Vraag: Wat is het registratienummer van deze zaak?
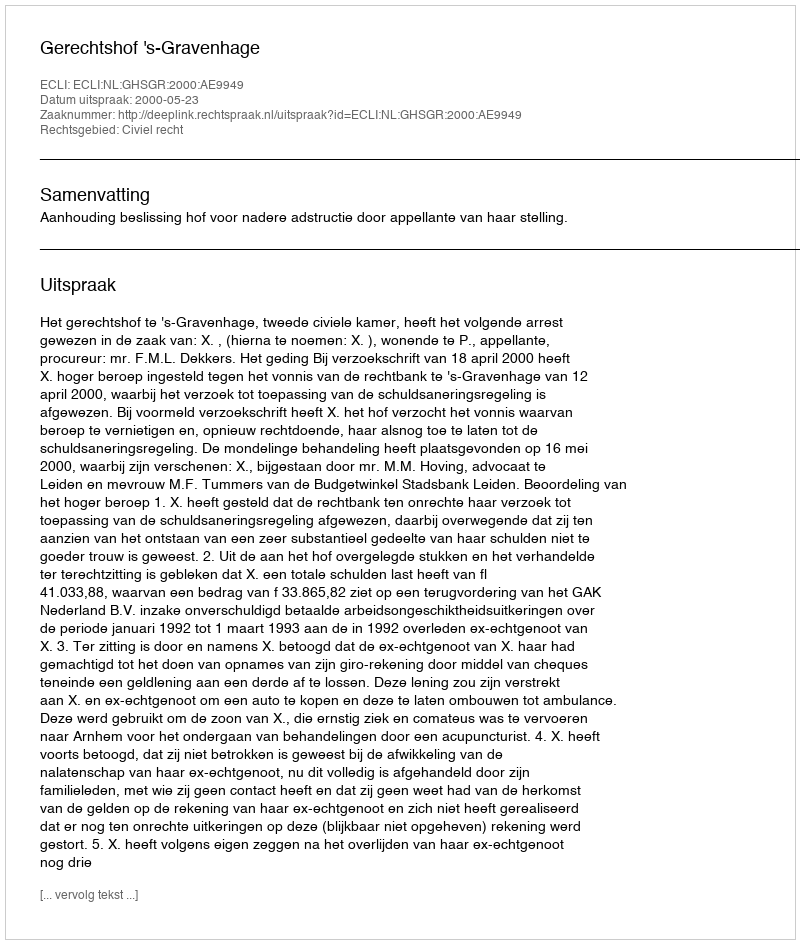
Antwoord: http://deeplink.rechtspraak.nl/uitspraak?id=ECLI:NL:GHSGR:2000:AE9949